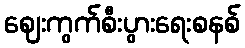
ဈေးကွက်စီးပွားရေးစနစ်